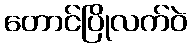
တောင်ပြိုလက်ဝဲ